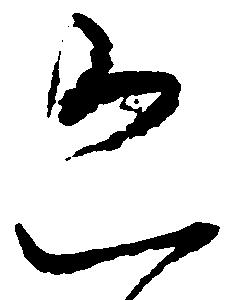
恐